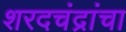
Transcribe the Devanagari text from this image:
शरदचंद्रांचा